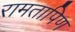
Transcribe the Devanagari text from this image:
रामतापिण